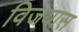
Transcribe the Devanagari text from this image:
विजयास